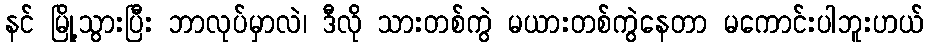
နင် မြို့သွားပြီး ဘာလုပ်မှာလဲ၊ ဒီလို သားတစ်ကွဲ မယားတစ်ကွဲနေတာ မကောင်းပါဘူးဟယ်